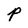
Character: P